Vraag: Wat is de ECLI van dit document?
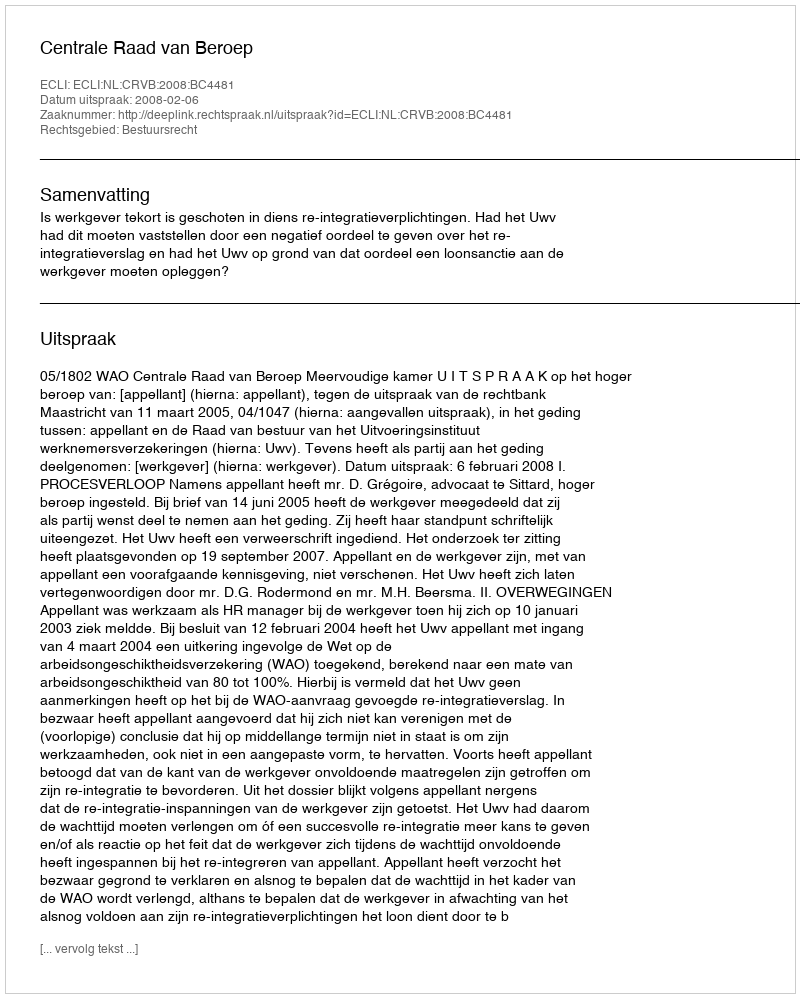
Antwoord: ECLI:NL:CRVB:2008:BC4481